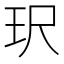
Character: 𮴈